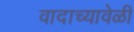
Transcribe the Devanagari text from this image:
वादाच्यावेळी